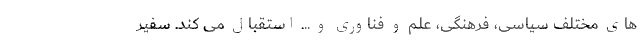
های مختلف سیاسی، فرهنگی، علم و فناوری و ... استقبال می کند. سفیر